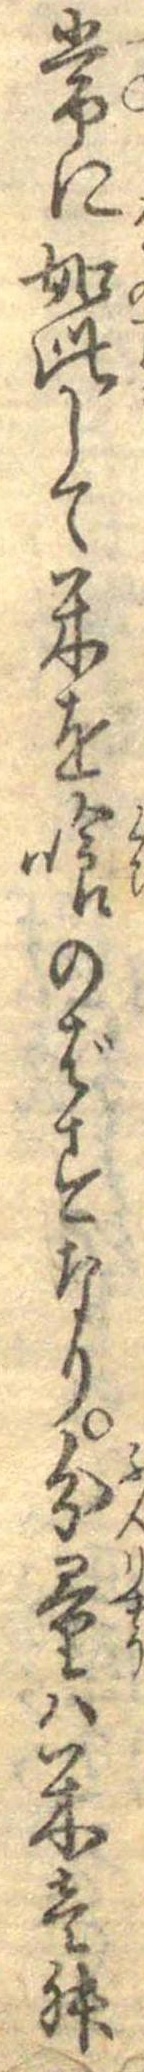
常に如此して米を喰のばすなり分量は米壱舛